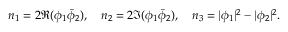
n _ { 1 } = 2 \Re ( \phi _ { 1 } \bar { \phi } _ { 2 } ) , \quad n _ { 2 } = 2 \Im ( \phi _ { 1 } \bar { \phi } _ { 2 } ) , \quad n _ { 3 } = | \phi _ { 1 } | ^ { 2 } - | \phi _ { 2 } | ^ { 2 } .